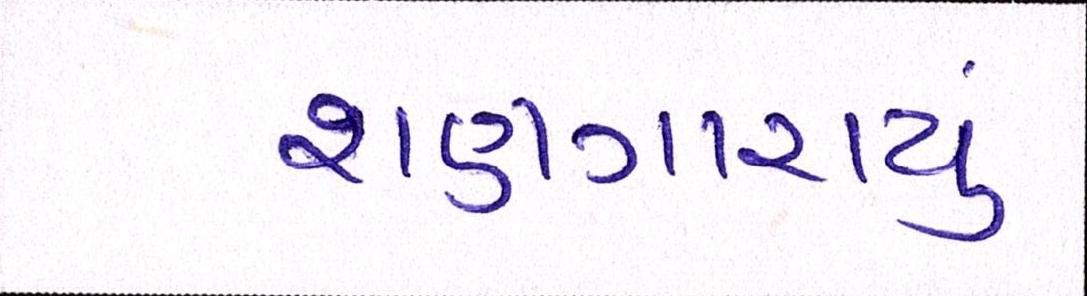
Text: શણગારાયું